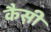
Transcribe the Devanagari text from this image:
कैस़ी